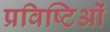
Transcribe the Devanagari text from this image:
प्रविष्टिओं